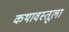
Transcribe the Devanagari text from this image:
कथावस्तूला